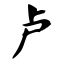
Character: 卢